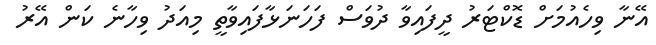
އޭނާ ވިހެއުމަށް ޑޮކްޓަރު ދީފައިވާ ދުވަސް ފަހަނަޅާފައިވާތީ މިއަދު ވިހާނެ ކަން އޭރު